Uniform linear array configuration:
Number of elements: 24
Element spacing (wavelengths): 0.25
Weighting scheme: uniform
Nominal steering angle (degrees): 30
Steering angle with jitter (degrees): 30.479
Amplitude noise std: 0.05
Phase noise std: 0.05

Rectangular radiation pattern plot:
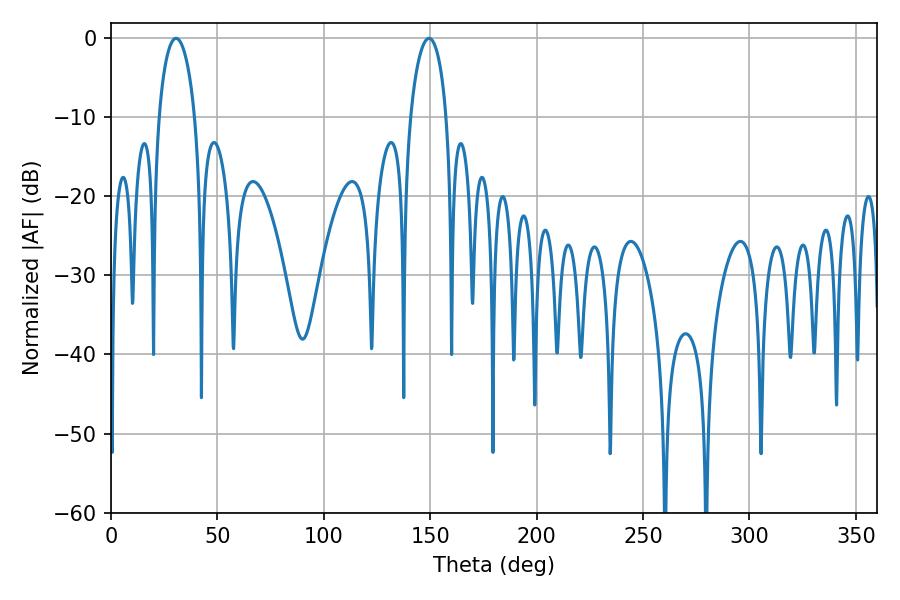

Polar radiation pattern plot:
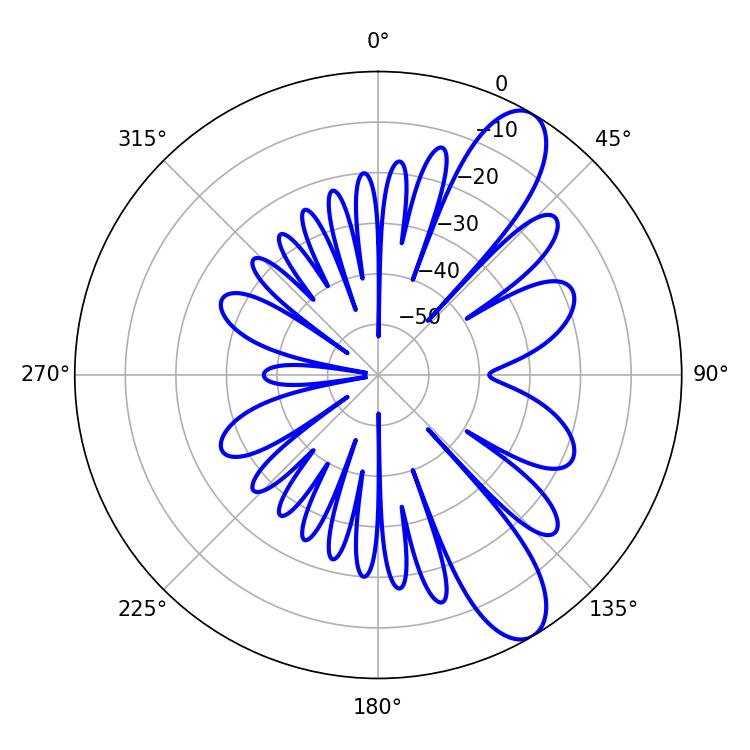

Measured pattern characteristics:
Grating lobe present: FALSE
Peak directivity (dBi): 10.099
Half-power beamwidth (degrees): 9.54
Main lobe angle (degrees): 30.6